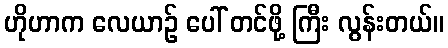
ဟိုဟာက လေယာဉ် ပေါ် တင်ဖို့ ကြီး လွန်းတယ်။